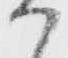
か